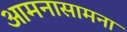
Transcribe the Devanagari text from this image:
आमनासामना